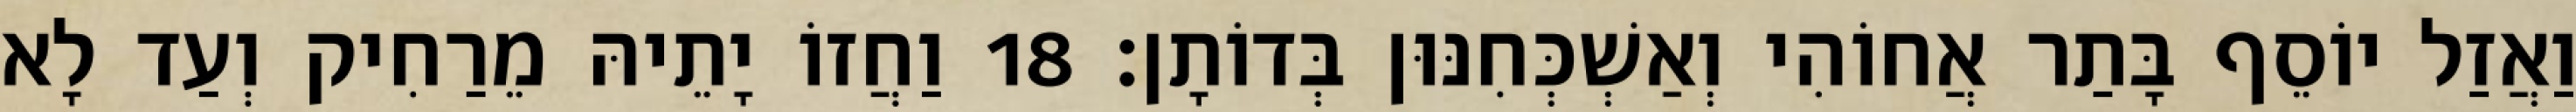
וַאֲזַל יוֹסֵף בָּתַר אֲחוֹהִי וְאַשְׁכְּחִנּוּן בְּדוֹתָן׃ 18 וַחֲזוֹ יָתֵיהּ מֵרַחִיק וְעַד לָא